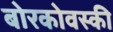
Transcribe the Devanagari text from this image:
बोरकोवस्की